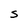
Character: S